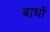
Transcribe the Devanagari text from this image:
बाधों